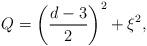
LaTeX: \begin{align*}Q=\left( \frac{d-3}{2}\right) ^{2}+\xi ^{2},\end{align*}